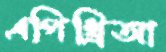
এপিথ্রিআ